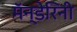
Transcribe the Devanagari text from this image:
मॅन्डेरिनी